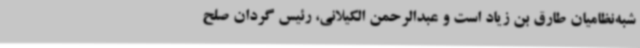
شبه‌نظامیان طارق بن زیاد است و عبدالرحمن الکیلانی، رئیس گردان صلح